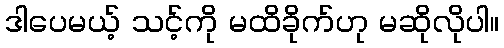
ဒါပေမယ့် သင့်ကို မထိခိုက်ဟု မဆိုလိုပါ။